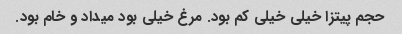
حجم پیتزا خیلی خیلی کم بود. مرغ خیلی بود میداد و خام بود.